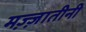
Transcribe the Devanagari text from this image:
मज़्ज़ातीनी